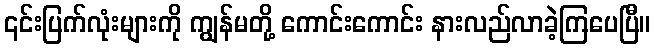
၎င်းပြက်လုံးများကို ကျွန်မတို့ ကောင်းကောင်း နားလည်လာခဲ့ကြပေပြီ။